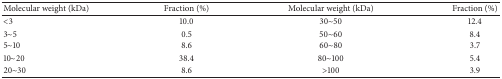
<table><thead><tr><td><b>Molecular weight (kDa)</b></td><td><b>Fraction (%)</b></td><td><b>Molecular weight (kDa)</b></td><td><b>Fraction (%)</b></td></tr></thead><tbody><tr><td>&lt;3</td><td>10.0</td><td>30~50</td><td>12.4</td></tr><tr><td>3~5</td><td>0.5</td><td>50~60</td><td>8.4</td></tr><tr><td>5~10</td><td>8.6</td><td>60~80</td><td>3.7</td></tr><tr><td>10~20</td><td>38.4</td><td>80~100</td><td>5.4</td></tr><tr><td>20~30</td><td>8.6</td><td>&gt;100</td><td>3.9</td></tr></tbody></table>